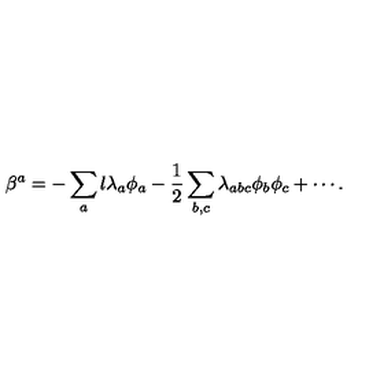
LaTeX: \beta ^ { a } = - \sum _ { a } l \lambda _ { a } \phi _ { a } - \frac { 1 } { 2 } \sum _ { b , c } \lambda _ { a b c } \phi _ { b } \phi _ { c } + \cdots .